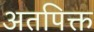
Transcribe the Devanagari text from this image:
अतपिक्त